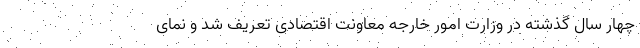
چهار سال گذشته در وزارت امور خارجه معاونت اقتصادی تعریف شد و نمای